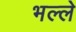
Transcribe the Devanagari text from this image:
भल्ले